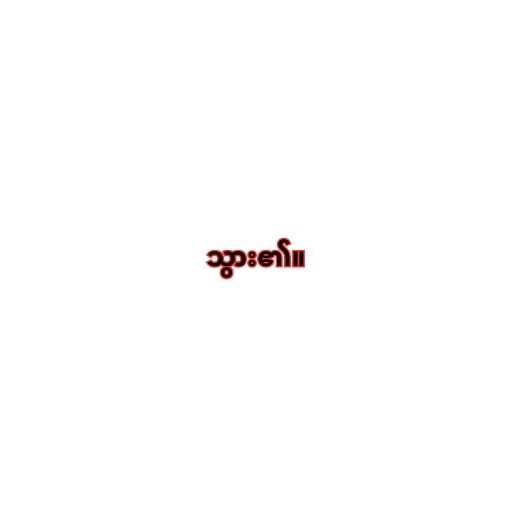
သွား၏။